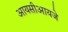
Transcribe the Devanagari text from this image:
आयसीआयजे